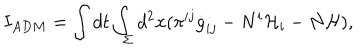
I _ { A D M } = \int d t \int _ { \Sigma } d ^ { 2 } x ( \pi ^ { i j } \dot { g } _ { i j } - N ^ { i } { \cal H } _ { i } - N { \cal H } ) ,